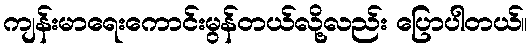
ကျန်းမာရေးကောင်းမွန်တယ်လို့လည်း ပြောပါတယ်။